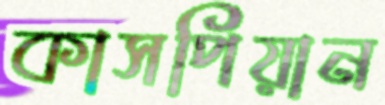
কাসপিয়ান